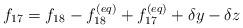
LaTeX: \begin{align*}{f_{17}} = {f_{18}} - f_{18}^{\left( {eq} \right)} + f_{17}^{\left( {eq} \right)} + \delta y - \delta z\end{align*}